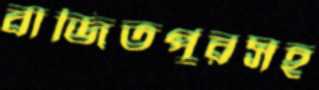
বাজিতপুরসহ